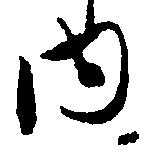
内